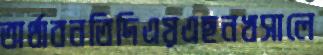
অর্থাবনতিদিএয়এছনখসালে